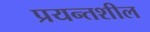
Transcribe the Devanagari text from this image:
प्रयन्तशील